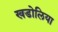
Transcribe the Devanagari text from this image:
खडोलिया